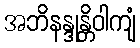
အဘိနန္ဒုန္တိဝါကျံ